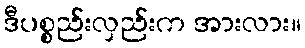
ဒီပစ္စည်းလှည်းက အားလား။